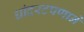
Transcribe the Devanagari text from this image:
धांदरटपणाने